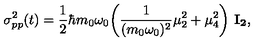
\sigma _ { p p } ^ { 2 } ( t ) = { \frac { 1 } { 2 } } \hbar m _ { 0 } \omega _ { 0 } \biggl ( { \frac { 1 } { ( m _ { 0 } \omega _ { 0 } ) ^ { 2 } } } \mu _ { 2 } ^ { 2 } + \mu _ { 4 } ^ { 2 } \biggr ) \ { \bf I _ { 2 } } ,